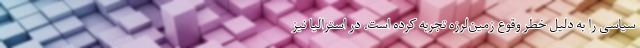
سیاسی را به دليل خطر وقوع زمین‌لرزه تجربه کرده است. در استراليا نيز